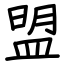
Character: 盟